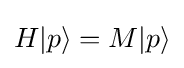
H|p\rangle =M|p\rangle